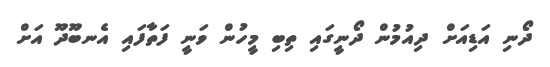
ދޯނި އަޑިއަށް ދިއުމުން ދޯނީގައި ތިބި މީހުން ވަނީ ފަތާފައި އެނބޫދޫ އަށް